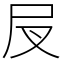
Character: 𡰫